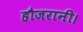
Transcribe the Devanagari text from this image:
हौजरानी।